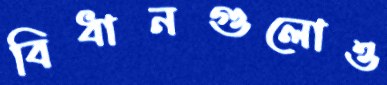
বিধানগুলোও